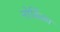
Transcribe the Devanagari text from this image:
नोर्डिका